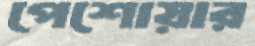
পেশোয়ার